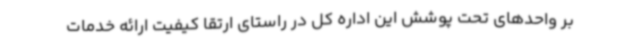
بر واحدهای تحت پوشش این اداره کل در راستای ارتقا کیفیت ارائه خدمات